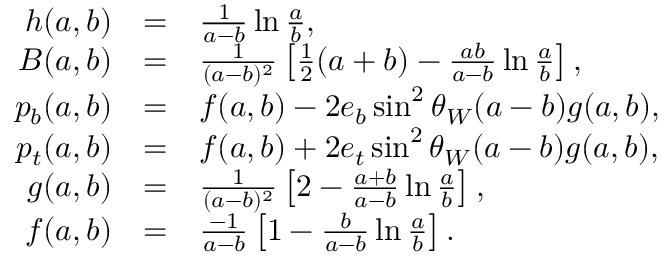
\begin{array} { r c l } { { h ( a , b ) } } & { { = } } & { { \frac { 1 } { a - b } \ln \frac { a } { b } , } } \\ { { B ( a , b ) } } & { { = } } & { { \frac { 1 } { ( a - b ) ^ { 2 } } \left[ \frac { 1 } { 2 } ( a + b ) - \frac { a b } { a - b } \ln \frac { a } { b } \right] , } } \\ { { p _ { b } ( a , b ) } } & { { = } } & { { f ( a , b ) - 2 e _ { b } \sin ^ { 2 } \theta _ { W } ( a - b ) g ( a , b ) , } } \\ { { p _ { t } ( a , b ) } } & { { = } } & { { f ( a , b ) + 2 e _ { t } \sin ^ { 2 } \theta _ { W } ( a - b ) g ( a , b ) , } } \\ { { g ( a , b ) } } & { { = } } & { { \frac { 1 } { ( a - b ) ^ { 2 } } \left[ 2 - \frac { a + b } { a - b } \ln \frac { a } { b } \right] , } } \\ { { f ( a , b ) } } & { { = } } & { { \frac { - 1 } { a - b } \left[ 1 - \frac { b } { a - b } \ln \frac { a } { b } \right] . } } \end{array}